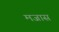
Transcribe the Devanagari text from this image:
मजास